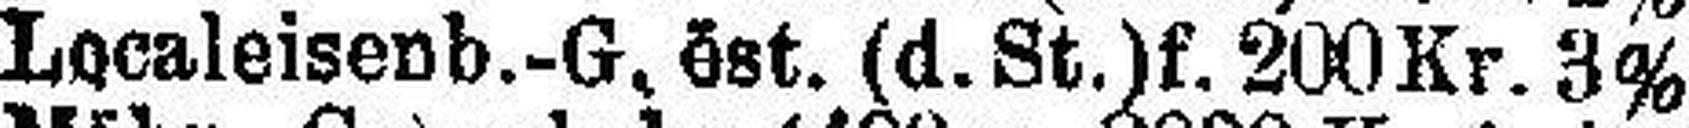
Localeisenb.-G. öst. (d. St.)f. 200 Kr. 3%